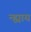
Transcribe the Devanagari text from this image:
न्ह्याय